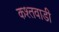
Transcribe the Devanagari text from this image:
कश्तवाडी